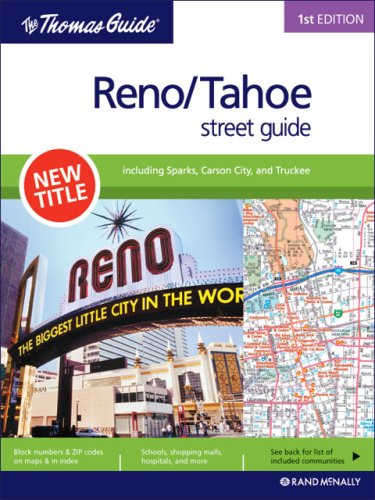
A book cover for The Thomas Guide 1st edition Reno/Tahoe street guide: including Sparks, Carson City, and Truckee; Rand McNally; Travel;